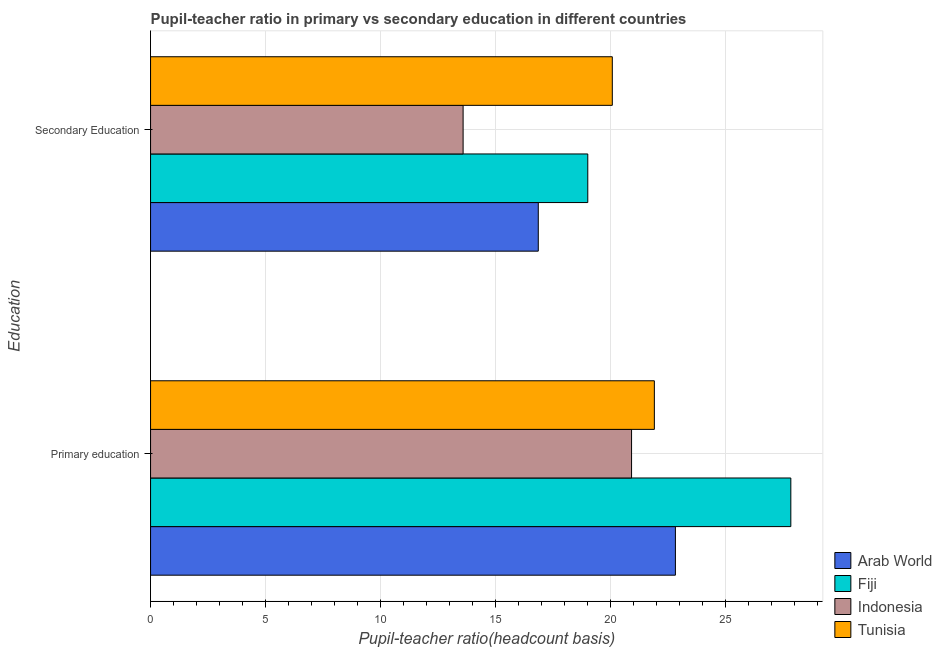
| Education | Arab World | Fiji | Indonesia | Tunisia |
 | --- | --- | --- | --- | --- |
 | Primary education | 22.8 | 27.8 | 20.9 | 21.9 |
 | Secondary Education | 16.8 | 19 | 13.6 | 20.1 |